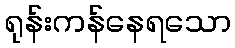
ရုန်းကန်နေရသော